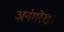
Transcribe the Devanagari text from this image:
अनंगरेखा